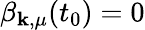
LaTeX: \beta_{\mathbf{k},\mu}(t_{0})=0